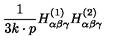
{ \frac { 1 } { 3 k \cdot p } } H _ { \alpha \beta \gamma } ^ { ( 1 ) } H _ { \alpha \beta \gamma } ^ { ( 2 ) }